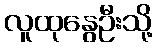
လူထုနွေဦးသို့